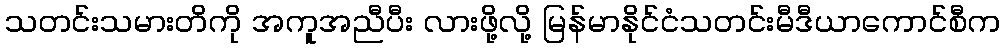
သတင်းသမားတိကို အကူအညီပီး လားဖို့လို့ မြန်မာနိုင်ငံသတင်းမီဒီယာကောင်စီက